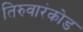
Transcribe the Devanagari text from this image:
तिरुवारंकोड